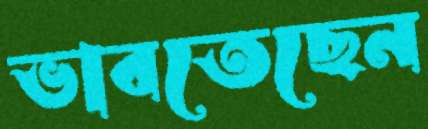
ভাবতেছেন